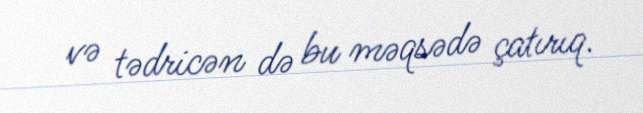
və tədricən də bu məqsədə çatırıq.